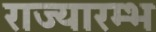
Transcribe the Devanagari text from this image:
राज्यारम्भ